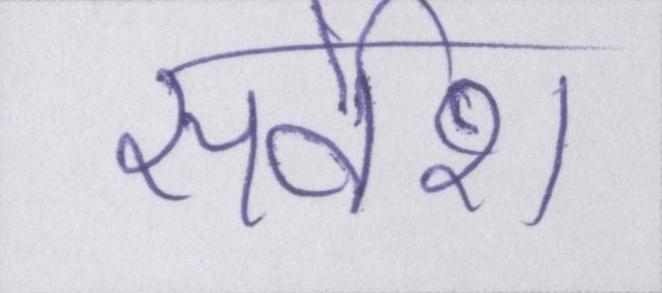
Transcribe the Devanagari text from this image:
सर्वेश